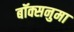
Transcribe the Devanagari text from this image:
बॉक्सनुमा